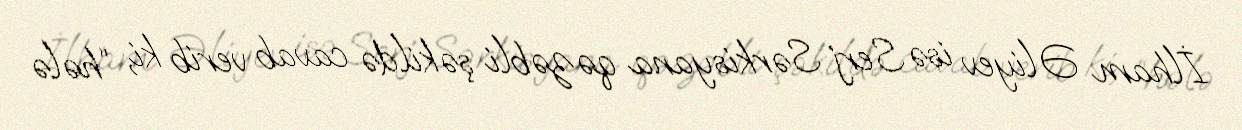
İlham Əliyev isə Serj Sərkisyana qəzəbli şəkildə cavab verib ki, “hələ